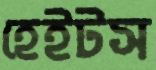
হেইটস